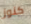
كنوز